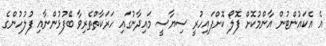
އެ އެކައުންޓުން އާންމުކޮށް ފޮލޯ ކޮށްފައިހުރީ ސިޔާސީ މައިދާނުގައި ހަރަކާތްތެރިވާ ބޭފުޅުންނާއި ފުލުހުންގެ